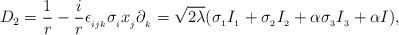
LaTeX: \begin{align*}D_2=\frac{1}{r}-\frac{i}{r}\epsilon_{_{ijk}}\sigma_{_{i}}x_{_{j}}\partial_{_{k}}=\sqrt{2\lambda}(\sigma_{_{1}}I_{_{1}}+\sigma_{_{2}}I_{_{2}}+\alpha \sigma_{_{3}}I_{_{3}}+\alpha I),\end{align*}